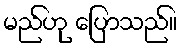
မည်ဟု ပြောသည်။